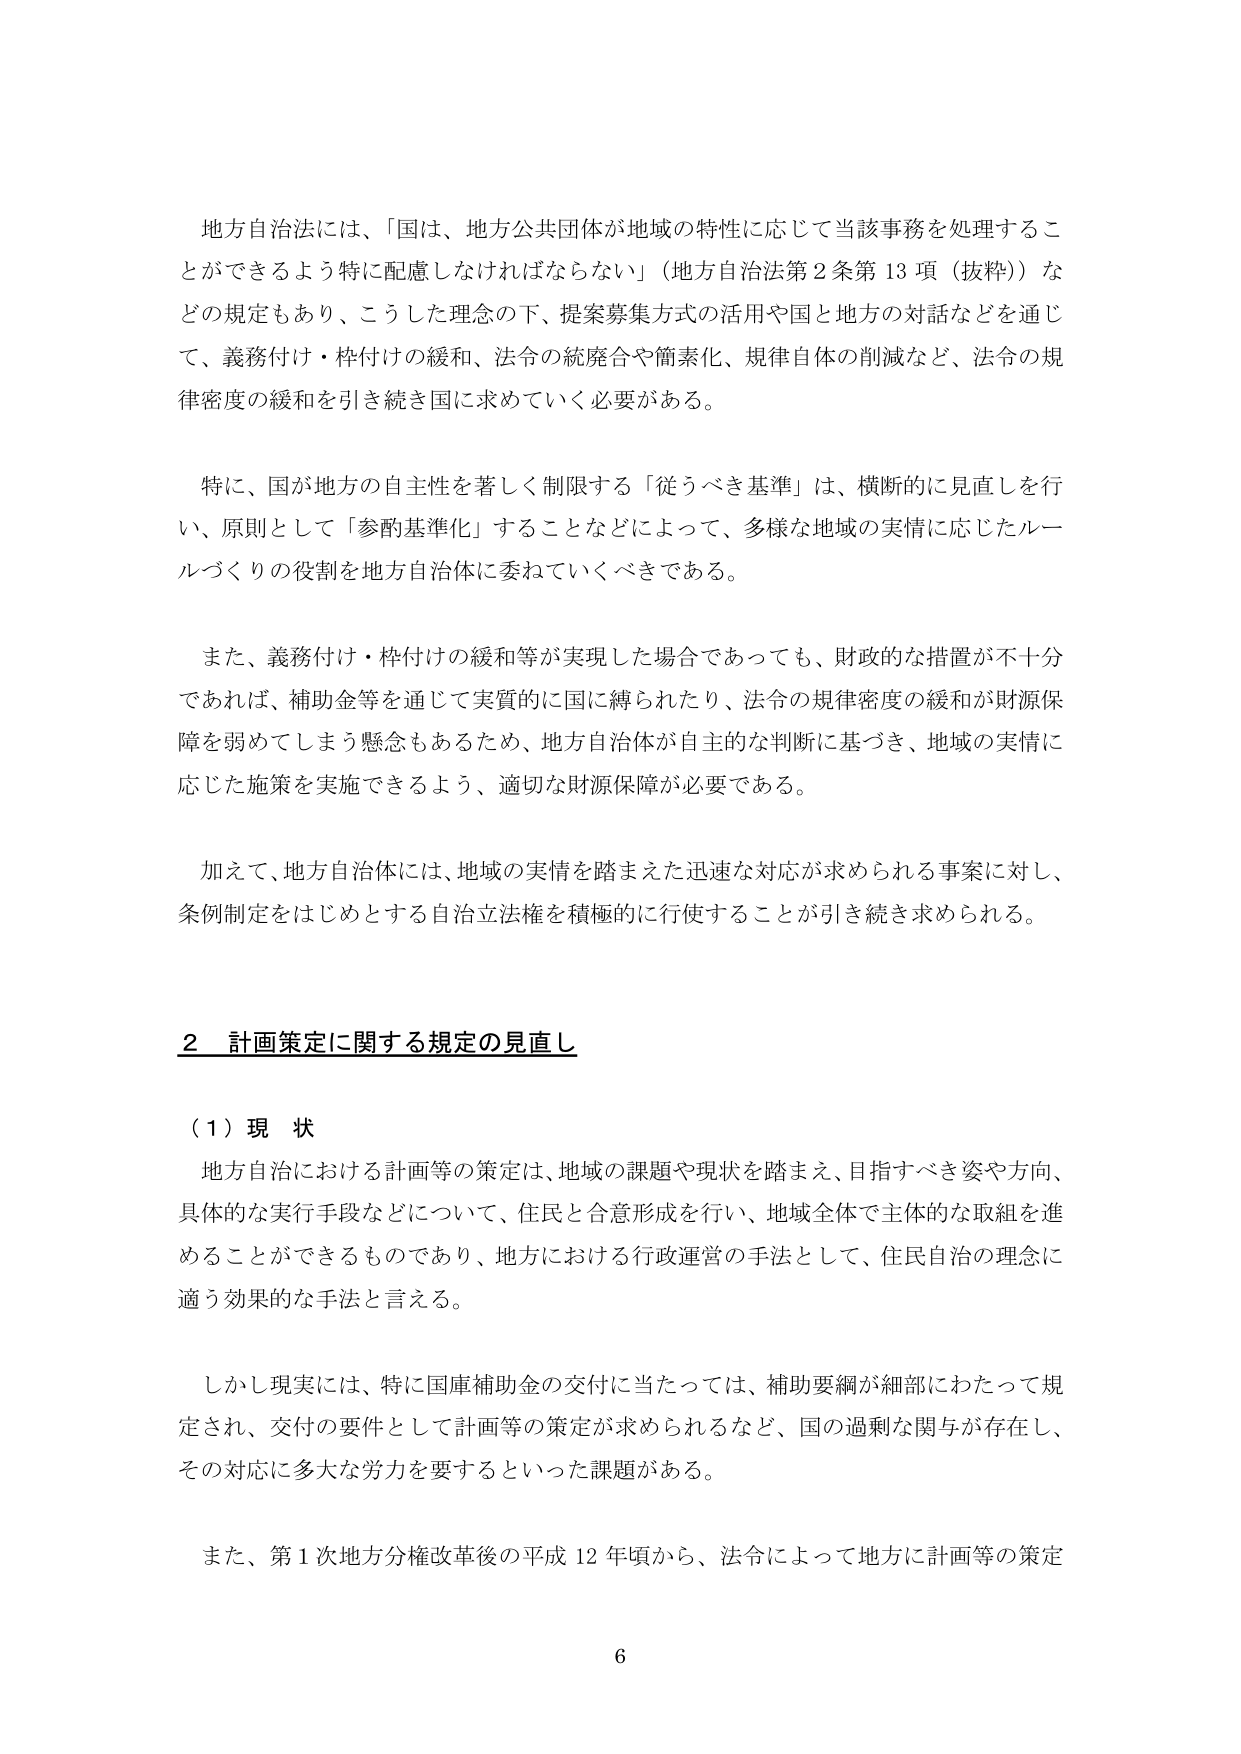
地方自治法には、「国は、地方公共団体が地域の特性に応じて当該事務を処理することができるよう特に配慮しなければならない」（地方自治法第2条第13項（抜粋））などの規定もあり、こうした理念の下、提案募集方式の活用や国と地方の対話などを通じて、義務付け・枠付けの緩和、法令の統廃合や簡素化、規律自体の削減など、法令の規律密度の緩和を引き続き国に求めていく必要がある。

特に、国が地方の自主性を著しく制限する「従うべき基準」は、横断的に見直しを行い、原則として「参酌基準化」することなどによって、多様な地域の実情に応じたルールづくりの役割を地方自治体に委ねていくべきである。

また、義務付け・枠付けの緩和等が実現した場合であっても、財政的な措置が不十分であれば、補助金等を通じて実質的に国に縛られたり、法令の規律密度の緩和が財源保障を弱めてしまう懸念もあるため、地方自治体が自主的な判断に基づき、地域の実情に応じた施策を実施できるよう、適切な財源保障が必要である。

加えて、地方自治体には、地域の実情を踏まえた迅速な対応が求められる事案に対し、条例制定をはじめとする自治立法権を積極的に行使することが引き続き求められる。

2 計画策定に関する規定の見直し

（1）現状

地方自治における計画等の策定は、地域の課題や現状を踏まえ、目指すべき姿や方向、具体的な実行手段などについて、住民と合意形成を行い、地域全体で主体的な取組を進めることができるものであり、地方における行政運営の手法として、住民自治の理念に適う効果的な手法と言える。

しかし現実には、特に国庫補助金の交付に当たっては、補助要綱が細部にわたって規定され、交付の要件として計画等の策定が求められるなど、国の過剰な関与が存在し、その対応に多大な労力を要するといった課題がある。

また、第1次地方分権改革後の平成12年頃から、法令によって地方に計画等の策定

6